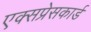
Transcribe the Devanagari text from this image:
एक्सप्रेसकार्ड